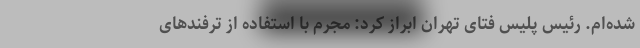
شده‌ام. رئیس پلیس فتای تهران ابراز کرد: مجرم با استفاده از ترفندهای